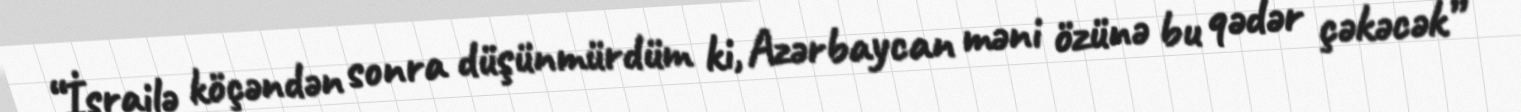
“İsrailə köçəndən sonra düşünmürdüm ki, Azərbaycan məni özünə bu qədər çəkəcək”